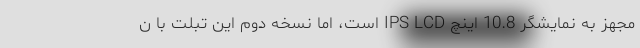
مجهز به نمایشگر 10.8 اینچ IPS LCD است، اما نسخه دوم این تبلت با ن